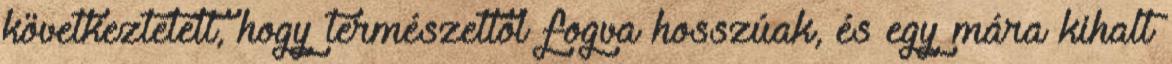
következtetett, hogy természettől fogva hosszúak, és egy mára kihalt